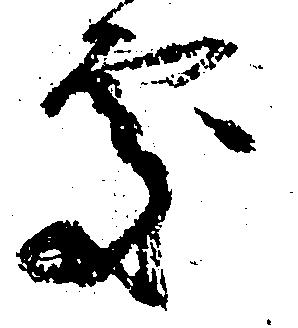
処